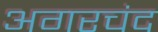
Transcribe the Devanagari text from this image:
अगरचंद